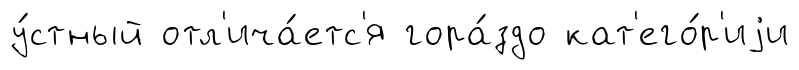
у́стный отл'ича́етс'я гора́здо кат'его́р'иjи